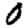
Digit: 0